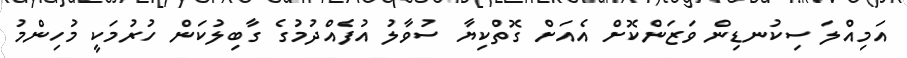
އަމިއްލަ ސިކުނޑިން ވަޒަންކޮށް އެއަށް ގޮތްކިޔާ ސުވާލު އުފެއްދުމުގެ ގާބިލުކަން ހުރުމަކީ މުހިންމު